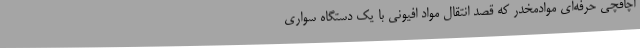
اچاقچی حرفه‌ای موادمخدر که قصد انتقال مواد افیونی با یک دستگاه سواری